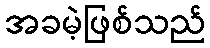
အခမဲ့ဖြစ်သည်